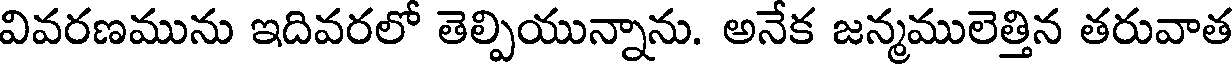
వివరణమును ఇదివరలో తెల్పియున్నాను. అనేక జన్మములెత్తిన తరువాత